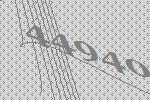
44940